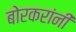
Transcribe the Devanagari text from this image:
बोरकरांनी